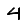
Digit: 4